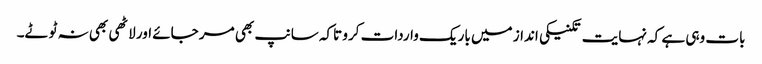
بات وہی ہے کہ نہایت تکنیکی انداز میں باریک واردات کرو تاکہ سانپ بھی مر جائے اور لاٹھی بھی نہ ٹوٹے۔